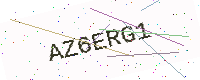
Text: AZ6ERG1